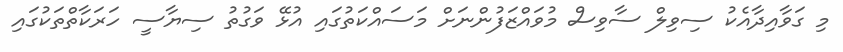
މި ގަވާއިދާއެކު ސިވިލް ސާވިސް މުވައްޒަފުންނަށް މަސައްކަތުގައި އުޅޭ ވަގުތު ސިޔާސީ ހަރަކާތްތަކުގައި